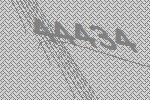
44434